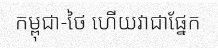
កម្ពុជា-ថៃ ហើយវាជាផ្នែក